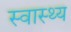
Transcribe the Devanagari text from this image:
स्‍वास्थ्य